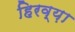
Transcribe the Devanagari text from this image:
हिरव्य़ा